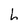
Character: h